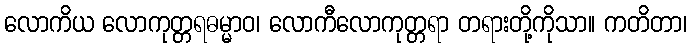
လောကိယ လောကုတ္တရဓမ္မာဝ၊ လောကီလောကုတ္တရာ တရားတို့ကိုသာ။ ကတိတာ၊